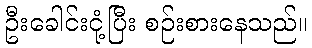
ဦးခေါင်းငုံ့ပြီး စဉ်းစားနေသည်။